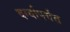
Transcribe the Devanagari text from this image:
दर्ग्यापर्यंत